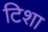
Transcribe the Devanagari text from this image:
टिशा